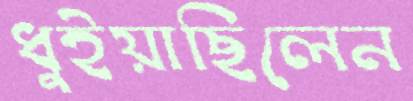
ধুইয়াছিলেন